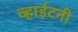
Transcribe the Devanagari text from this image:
व्हाईटनी